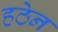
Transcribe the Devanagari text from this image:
हठेन